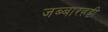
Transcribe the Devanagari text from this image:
जब्‍बारहट्टी